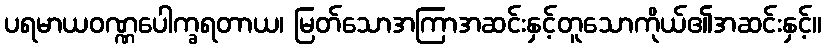
ပရမာယဝဏ္ဏပေါက္ခရတာယ၊ မြတ်သောအကြာအဆင်းနှင့်တူသောကိုယ်၏အဆင်းနှင့်။